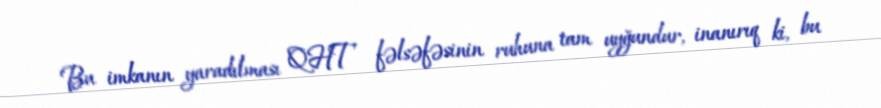
Bu imkanın yaradılması QHT fəlsəfəsinin ruhuna tam uyğundur, inanırıq ki, bu